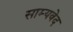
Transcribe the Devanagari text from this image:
साम्‍यवेद